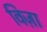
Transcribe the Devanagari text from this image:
विज़ा